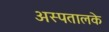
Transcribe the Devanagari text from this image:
अस्पतालके